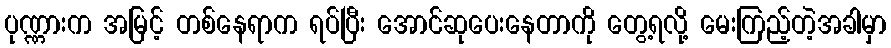
ပုဏ္ဏားက အမြင့် တစ်နေရာက ရပ်ပြီး အောင်ဆုပေးနေတာကို တွေ့ရလို့ မေးကြည့်တဲ့အခါမှာ